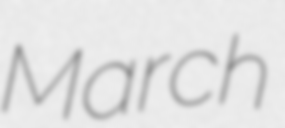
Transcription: March